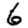
Digit: 6